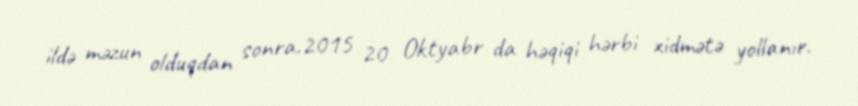
ildə məzun olduqdan sonra.2015 20 Oktyabr da həqiqi hərbi xidmətə yollanır.